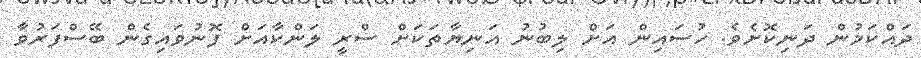
ދައްކަމުން ދަނިކޮށެވެ. ހުސައިން އަށް ލިބުނު އަނިޔާތަކަށް ސްރީ ލަންކާއަށް ފޮނުވައިގެން ބޭސްފަރުވާ